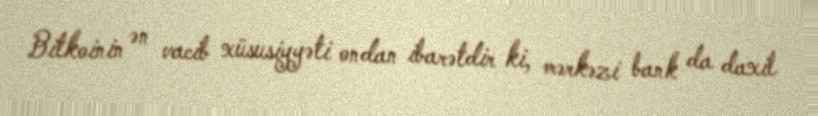
Bitkoinin ən vacib xüsusiyyəti ondan ibarətdir ki, mərkəzi bank da daxil